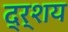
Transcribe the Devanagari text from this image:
द्र्शय